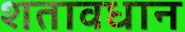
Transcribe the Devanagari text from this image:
शतावधान